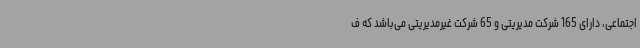
اجتماعی، دارای 165 شرکت مدیریتی و 65 شرکت غیرمدیریتی می‌باشد که ف